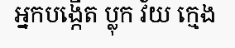
អ្នកបង្កើត ប្លុក វ័យ ក្មេង